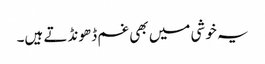
یہ خوشی میں بھی غم ڈھونڈتے ہیں۔